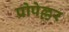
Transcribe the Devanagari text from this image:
प्रोपेल्लर